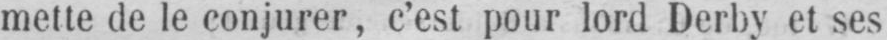
mette de le conjurer, c’est pour lord Derby et ses